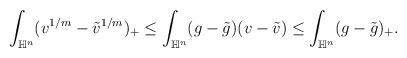
LaTeX: \begin{align*} \begin{aligned} \int_{\mathbb{H}^n}(v^{1/m}-\Tilde{v}^{1/m})_+\leq \int_{\mathbb{H}^n}(g-\Tilde{g})(v-\Tilde{v})\leq \int_{\mathbb{H}^n}(g-\Tilde{g})_+. \end{aligned} \end{align*}